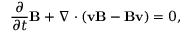
\frac { \partial } { \partial t } \mathbf { B } + \nabla \cdot ( \mathbf { v B } - \mathbf { B v } ) = 0 ,